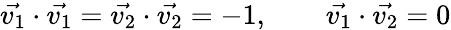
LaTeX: \vec{v_{1}}\cdot\vec{v_{1}}=\vec{v_{2}}\cdot\vec{v_{2}}=-1,\qquad\vec{v_{1}}\cdot\vec{v_{2}}=0